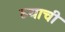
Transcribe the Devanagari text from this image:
घ्याची